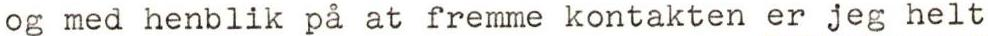
og med henblik på at fremme kontakten er jeg helt